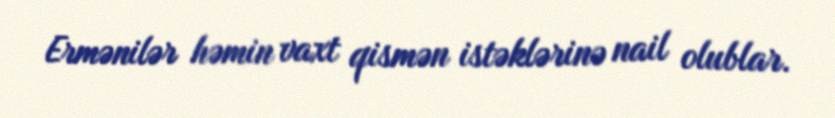
Ermənilər həmin vaxt qismən istəklərinə nail olublar.